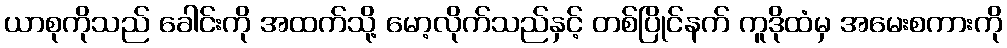
ယာစုကိုသည် ခေါင်းကို အထက်သို့ မော့လိုက်သည်နှင့် တစ်ပြိုင်နက် ကူဒိုထံမှ အမေးစကားကို